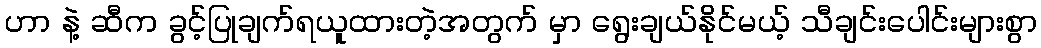
ဟာ နဲ့ ဆီက ခွင့်ပြုချက်ရယူထားတဲ့အတွက် မှာ ရွေးချယ်နိုင်မယ့် သီချင်းပေါင်းများစွာ